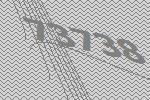
73738